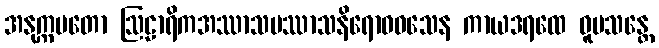
အနုက္ကမတော ဩဠာရိကအဿာသပဿာသနိရောဓဝသေန ကာယဒရထေ ဝူပသန္တေ